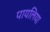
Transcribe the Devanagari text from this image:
पायलिया